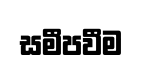
සමීපවීම